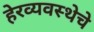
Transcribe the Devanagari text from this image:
हेरव्यवस्थेचे